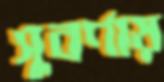
সুবর্ণায়